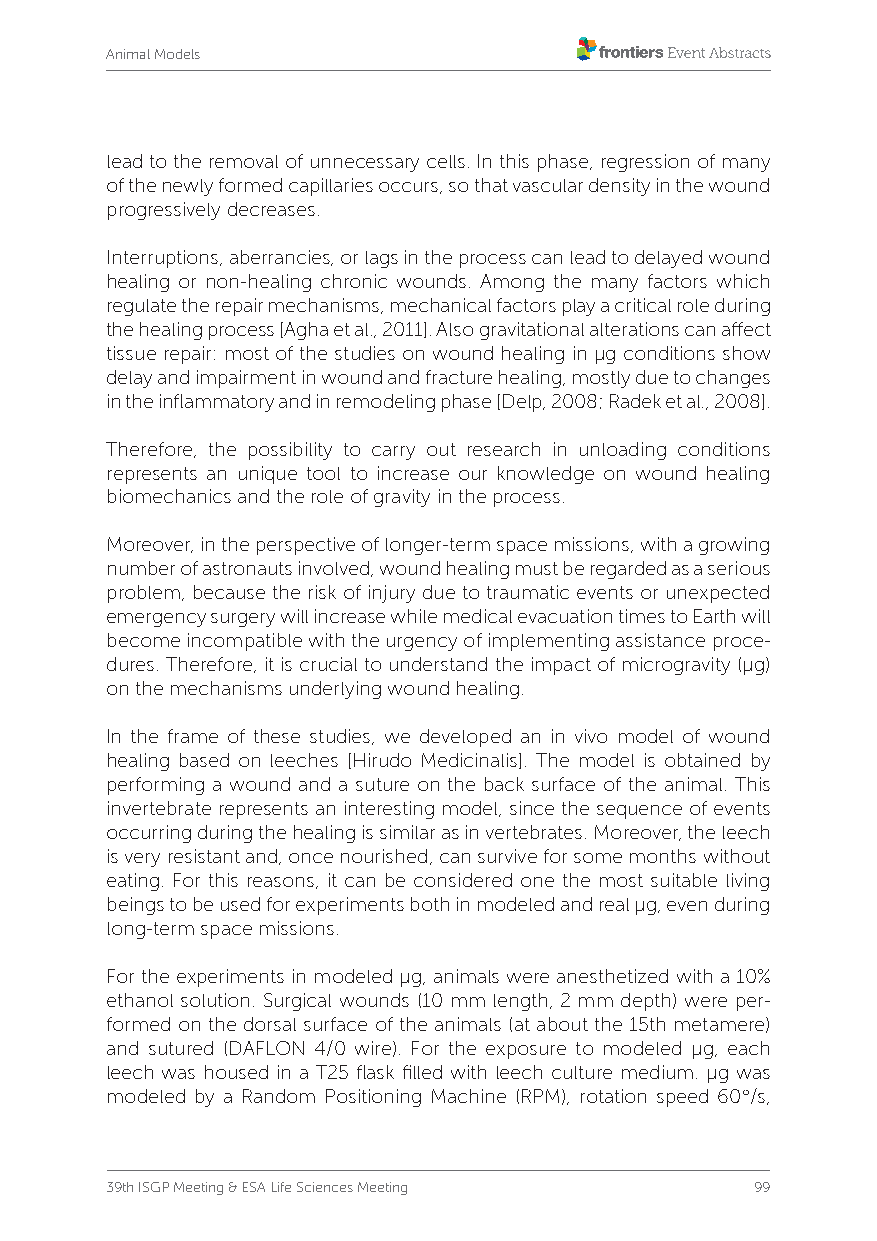
Animal Models
 lead to the removal of unnecessary cells. In this phase, regression of many
 of the newly formed capillaries occurs, so that vascular density in the wound
 progressively decreases.
 Interruptions, aberrancies, or lags in the process can lead to delayed wound
 healing or non-healing chronic wounds. Among the many factors which
 regulate the repair mechanisms, mechanical factors play a critical role during
 the healing process [Agha et al., 2011]. Also gravitational alterations can affect
 tissue repair: most of the studies on wound healing in µg conditions show
 delay and impairment in wound and fracture healing, mostly due to changes
 in the inflammatory and in remodeling phase [Delp, 2008; Radek et al., 2008].
 Therefore, the possibility to carry out research in unloading conditions
 represents an unique tool to increase our knowledge on wound healing
 biomechanics and the role of gravity in the process.
 Moreover, in the perspective of longer-term space missions, with a growing
 number of astronauts involved, wound healing must be regarded as a serious
 problem, because the risk of injury due to traumatic events or unexpected
 emergency surgery will increase while medical evacuation times to Earth will
 become incompatible with the urgency of implementing assistance proce-
 dures. Therefore, it is crucial to understand the impact of microgravity (µg)
 on the mechanisms underlying wound healing.
 In the frame of these studies, we developed an in vivo model of wound
 healing based on leeches [Hirudo Medicinalis]. The model is obtained by
 performing a wound and a suture on the back surface of the animal. This
 invertebrate represents an interesting model, since the sequence of events
 occurring during the healing is similar as in vertebrates. Moreover, the leech
 is very resistant and, once nourished, can survive for some months without
 eating. For this reasons, it can be considered one the most suitable living
 beings to be used for experiments both in modeled and real µg, even during
 long-term space missions.
 For the experiments in modeled µg, animals were anesthetized with a 10%
 ethanol solution. Surgical wounds (10 mm length, 2 mm depth) were per-
 formed on the dorsal surface of the animals (at about the 15th metamere)
 and sutured (DAFLON 4/0 wire). For the exposure to modeled µg, each
 leech was housed in a T25 flask filled with leech culture medium. µg was
 modeled by a Random Positioning Machine (RPM), rotation speed 60°/s,
 39th ISGP Meeting & ESA Life Sciences Meeting 99